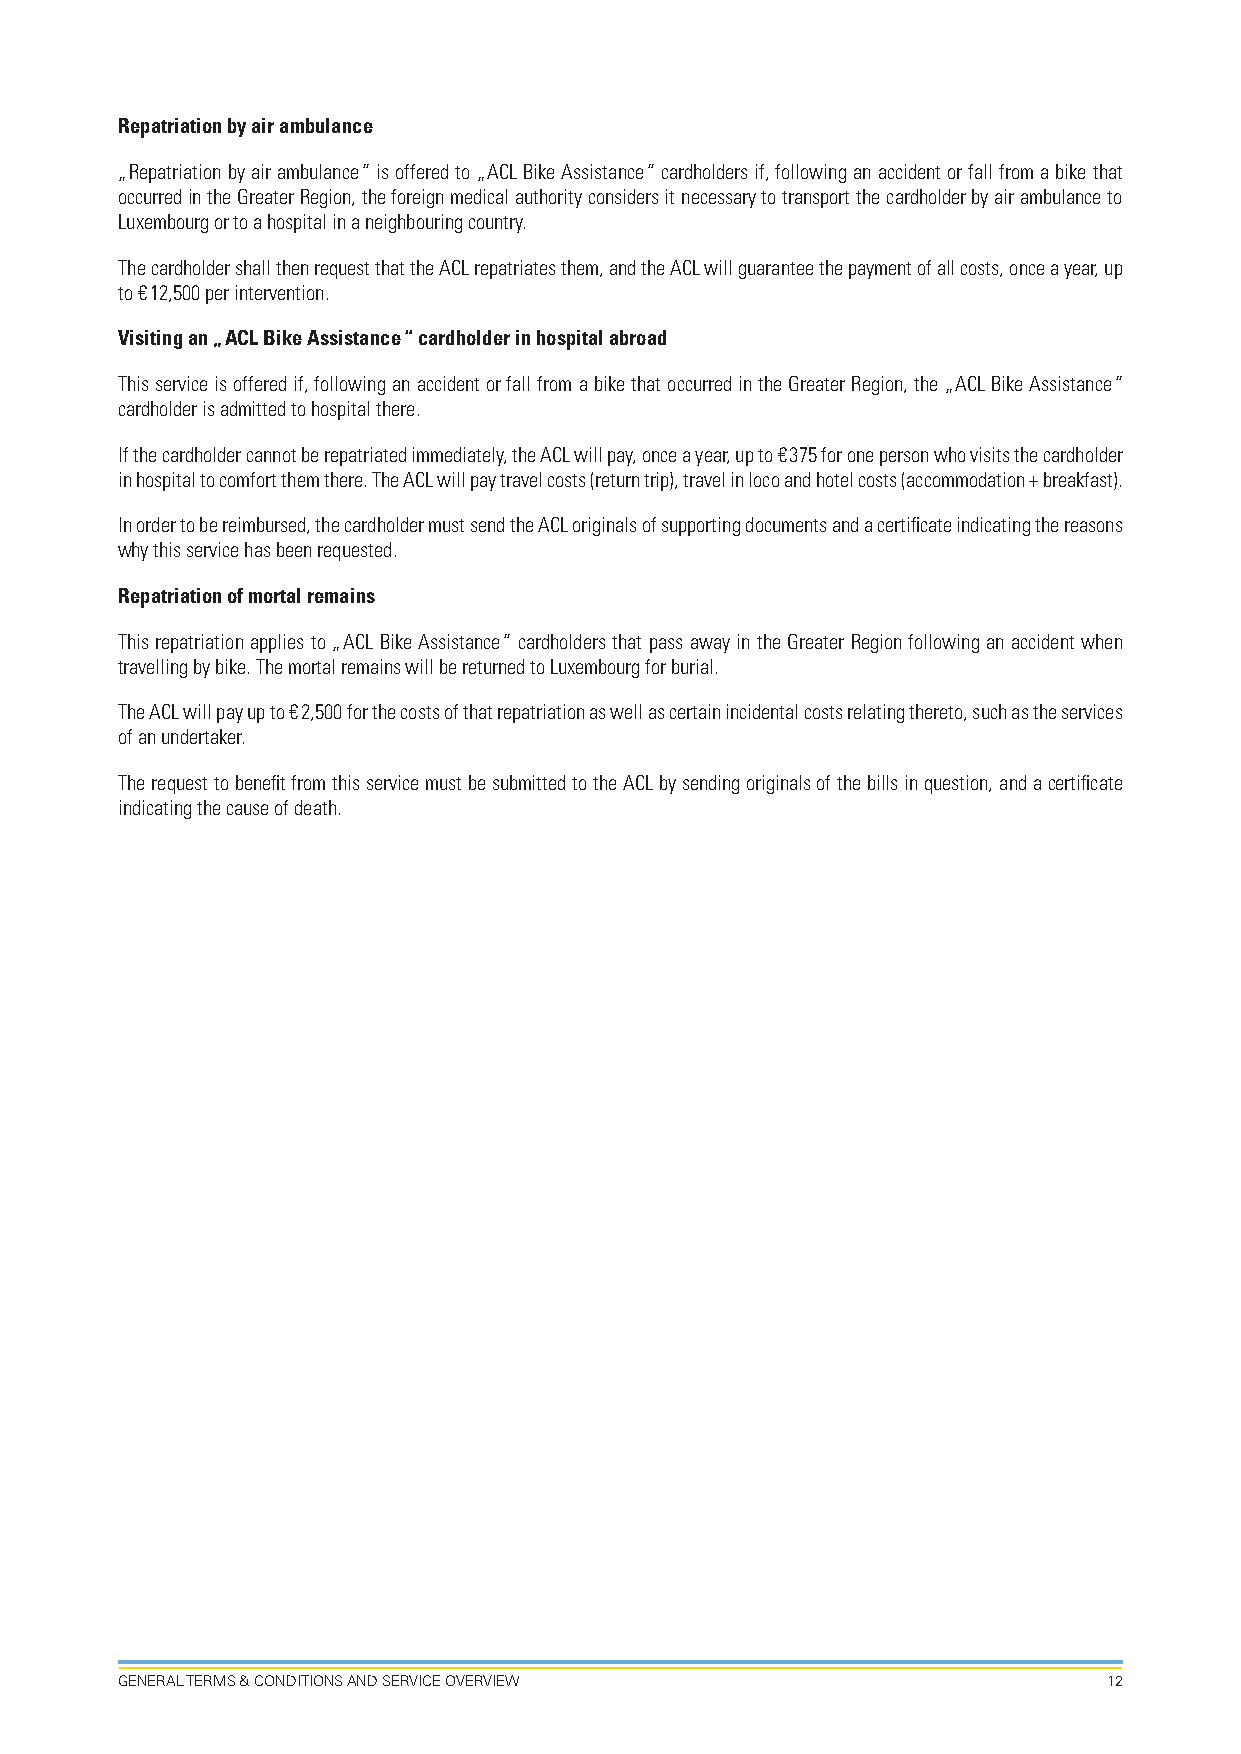
Repatriation by air ambulance
 „ Repatriation by air ambulance “ is offered to „ ACL Bike Assistance “ cardholders if, following an accident or fall from a bike that
 occurred in the Greater Region, the foreign medical authority considers it necessary to transport the cardholder by air ambulance to
 Luxembourg or to a hospital in a neighbouring country.
 The cardholder shall then request that the ACL repatriates them, and the ACL will guarantee the payment of all costs, once a year, up
 to € 12,500 per intervention.
 Visiting an „ ACL Bike Assistance “ cardholder in hospital abroad
 This service is offered if, following an accident or fall from a bike that occurred in the Greater Region, the „ ACL Bike Assistance “
 cardholder is admitted to hospital there.
 If the cardholder cannot be repatriated immediately, the ACL will pay, once a year, up to € 375 for one person who visits the cardholder
 in hospital to comfort them there. The ACL will pay travel costs (return trip), travel in loco and hotel costs (accommodation + breakfast).
 In order to be reimbursed, the cardholder must send the ACL originals of supporting documents and a certificate indicating the reasons
 why this service has been requested.
 Repatriation of mortal remains
 This repatriation applies to „ ACL Bike Assistance “ cardholders that pass away in the Greater Region following an accident when
 travelling by bike. The mortal remains will be returned to Luxembourg for burial.
 The ACL will pay up to € 2,500 for the costs of that repatriation as well as certain incidental costs relating thereto, such as the services
 of an undertaker.
 The request to benefit from this service must be submitted to the ACL by sending originals of the bills in question, and a certificate
 indicating the cause of death.
 GENERAL TERMS & CONDITIONS AND SERVICE OVERVIEW                  12